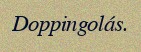
Doppingolás.